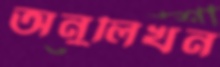
অনুলিখন